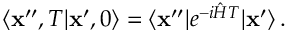
\langle { \bf x } ^ { \prime \prime } , T \vert { \bf x } ^ { \prime } , 0 \rangle = \langle { \bf x } ^ { \prime \prime } \vert e ^ { - i { \hat { H } } T } \vert { \bf x } ^ { \prime } \rangle \, .